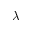
\lambda